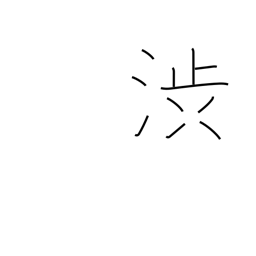
Meaning: hesitate